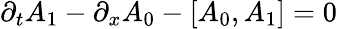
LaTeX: \partial_{t}A_{1}-\partial_{x}A_{0}-\left[A_{0},A_{1}\right]=0